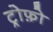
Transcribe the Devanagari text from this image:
ट्रोफ़ो